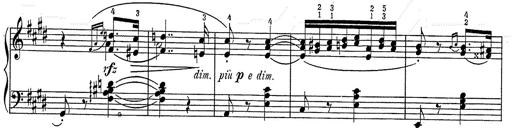
Title: Hungarian Rhapsody No.2
Composer: Franz Liszt
Key: C-sharp minor